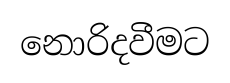
නොරිදවීමට